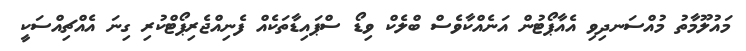
މައުލޫމާތު މުއްސަނދިވި އެއާޕޯޓުން އަނެއްކާވެސް ބްލެކް ވިޑޯ ސްޕައިޑާތަކެއް ފެނިއްޖެރިޕޯޓްކުރި ގިނަ އެއްޗިއްސަކީ